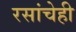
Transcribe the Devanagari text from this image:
रसांचेही